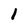
Character: 1